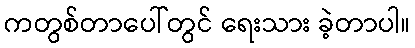
ကတွစ်တာပေါ်တွင် ရေးသား ခဲ့တာပါ။